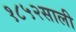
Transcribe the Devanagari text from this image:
१८५२साली